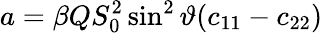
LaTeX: a=\beta QS_{0}^{2}\sin^{2}\vartheta(c_{11}-c_{22})